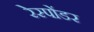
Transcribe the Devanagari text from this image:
रेस्पोंडर